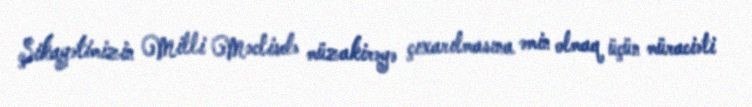
Şikayətimizin Milli Məclisdə müzakirəyə çıxarılmasına əmin olmaq üçün müraciəti